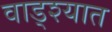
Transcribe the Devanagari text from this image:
वाड्श्यात